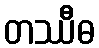
တဿီဓ